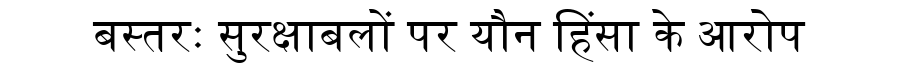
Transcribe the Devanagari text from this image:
बस्तरः सुरक्षाबलों पर यौन हिंसा के आरोप